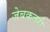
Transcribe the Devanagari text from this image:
जेबकतरी